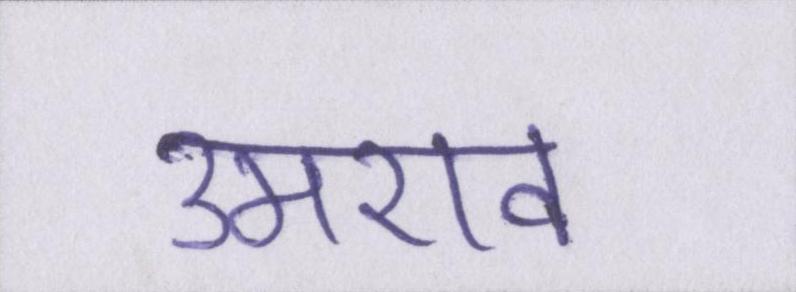
उमराव